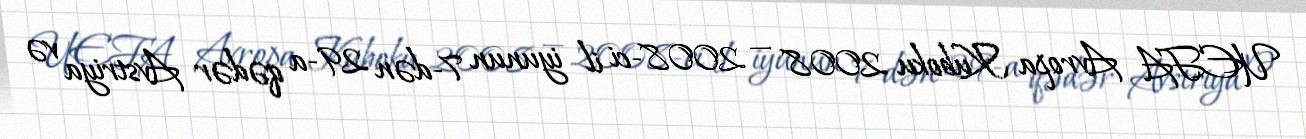
UEFA Avropa Kuboku 2008 — 2008-ci il iyunun 7-dən 29-a qədər Avstriya və